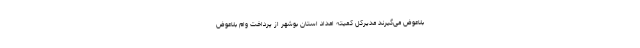
بلاعوض می‌گیرند مدیرکل کمیته امداد استان بوشهر از پرداخت وام بلاعوض